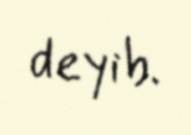
deyib.